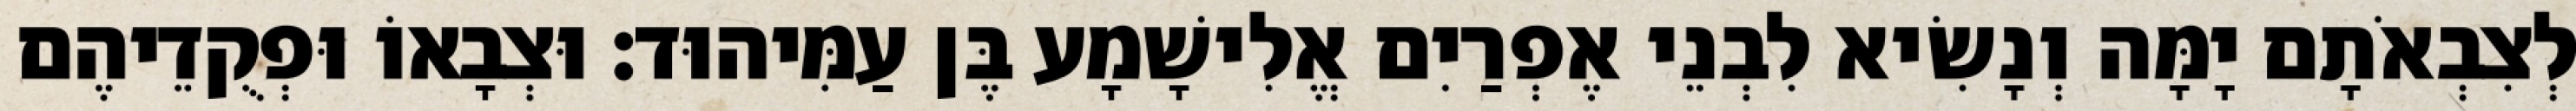
לְצִבְאֹתָם יָמָּה וְנָשִׂיא לִבְנֵי אֶפְרַיִם אֱלִישָׁמָע בֶּן עַמִּיהוּד׃ וּצְבָאוֹ וּפְקֻדֵיהֶם